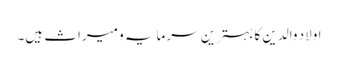
اولاد والدین کا بہترین سرمایہ و میراث ہیں۔